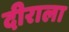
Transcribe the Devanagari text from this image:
दीराला